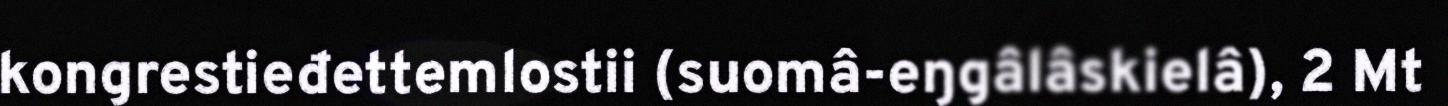
kongrestieđettemlostii (suomâ-eŋgâlâskielâ), 2 Mt